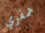
همفري